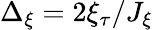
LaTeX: \Delta_{\xi}={2\xi_{\tau}}/J_{\xi}